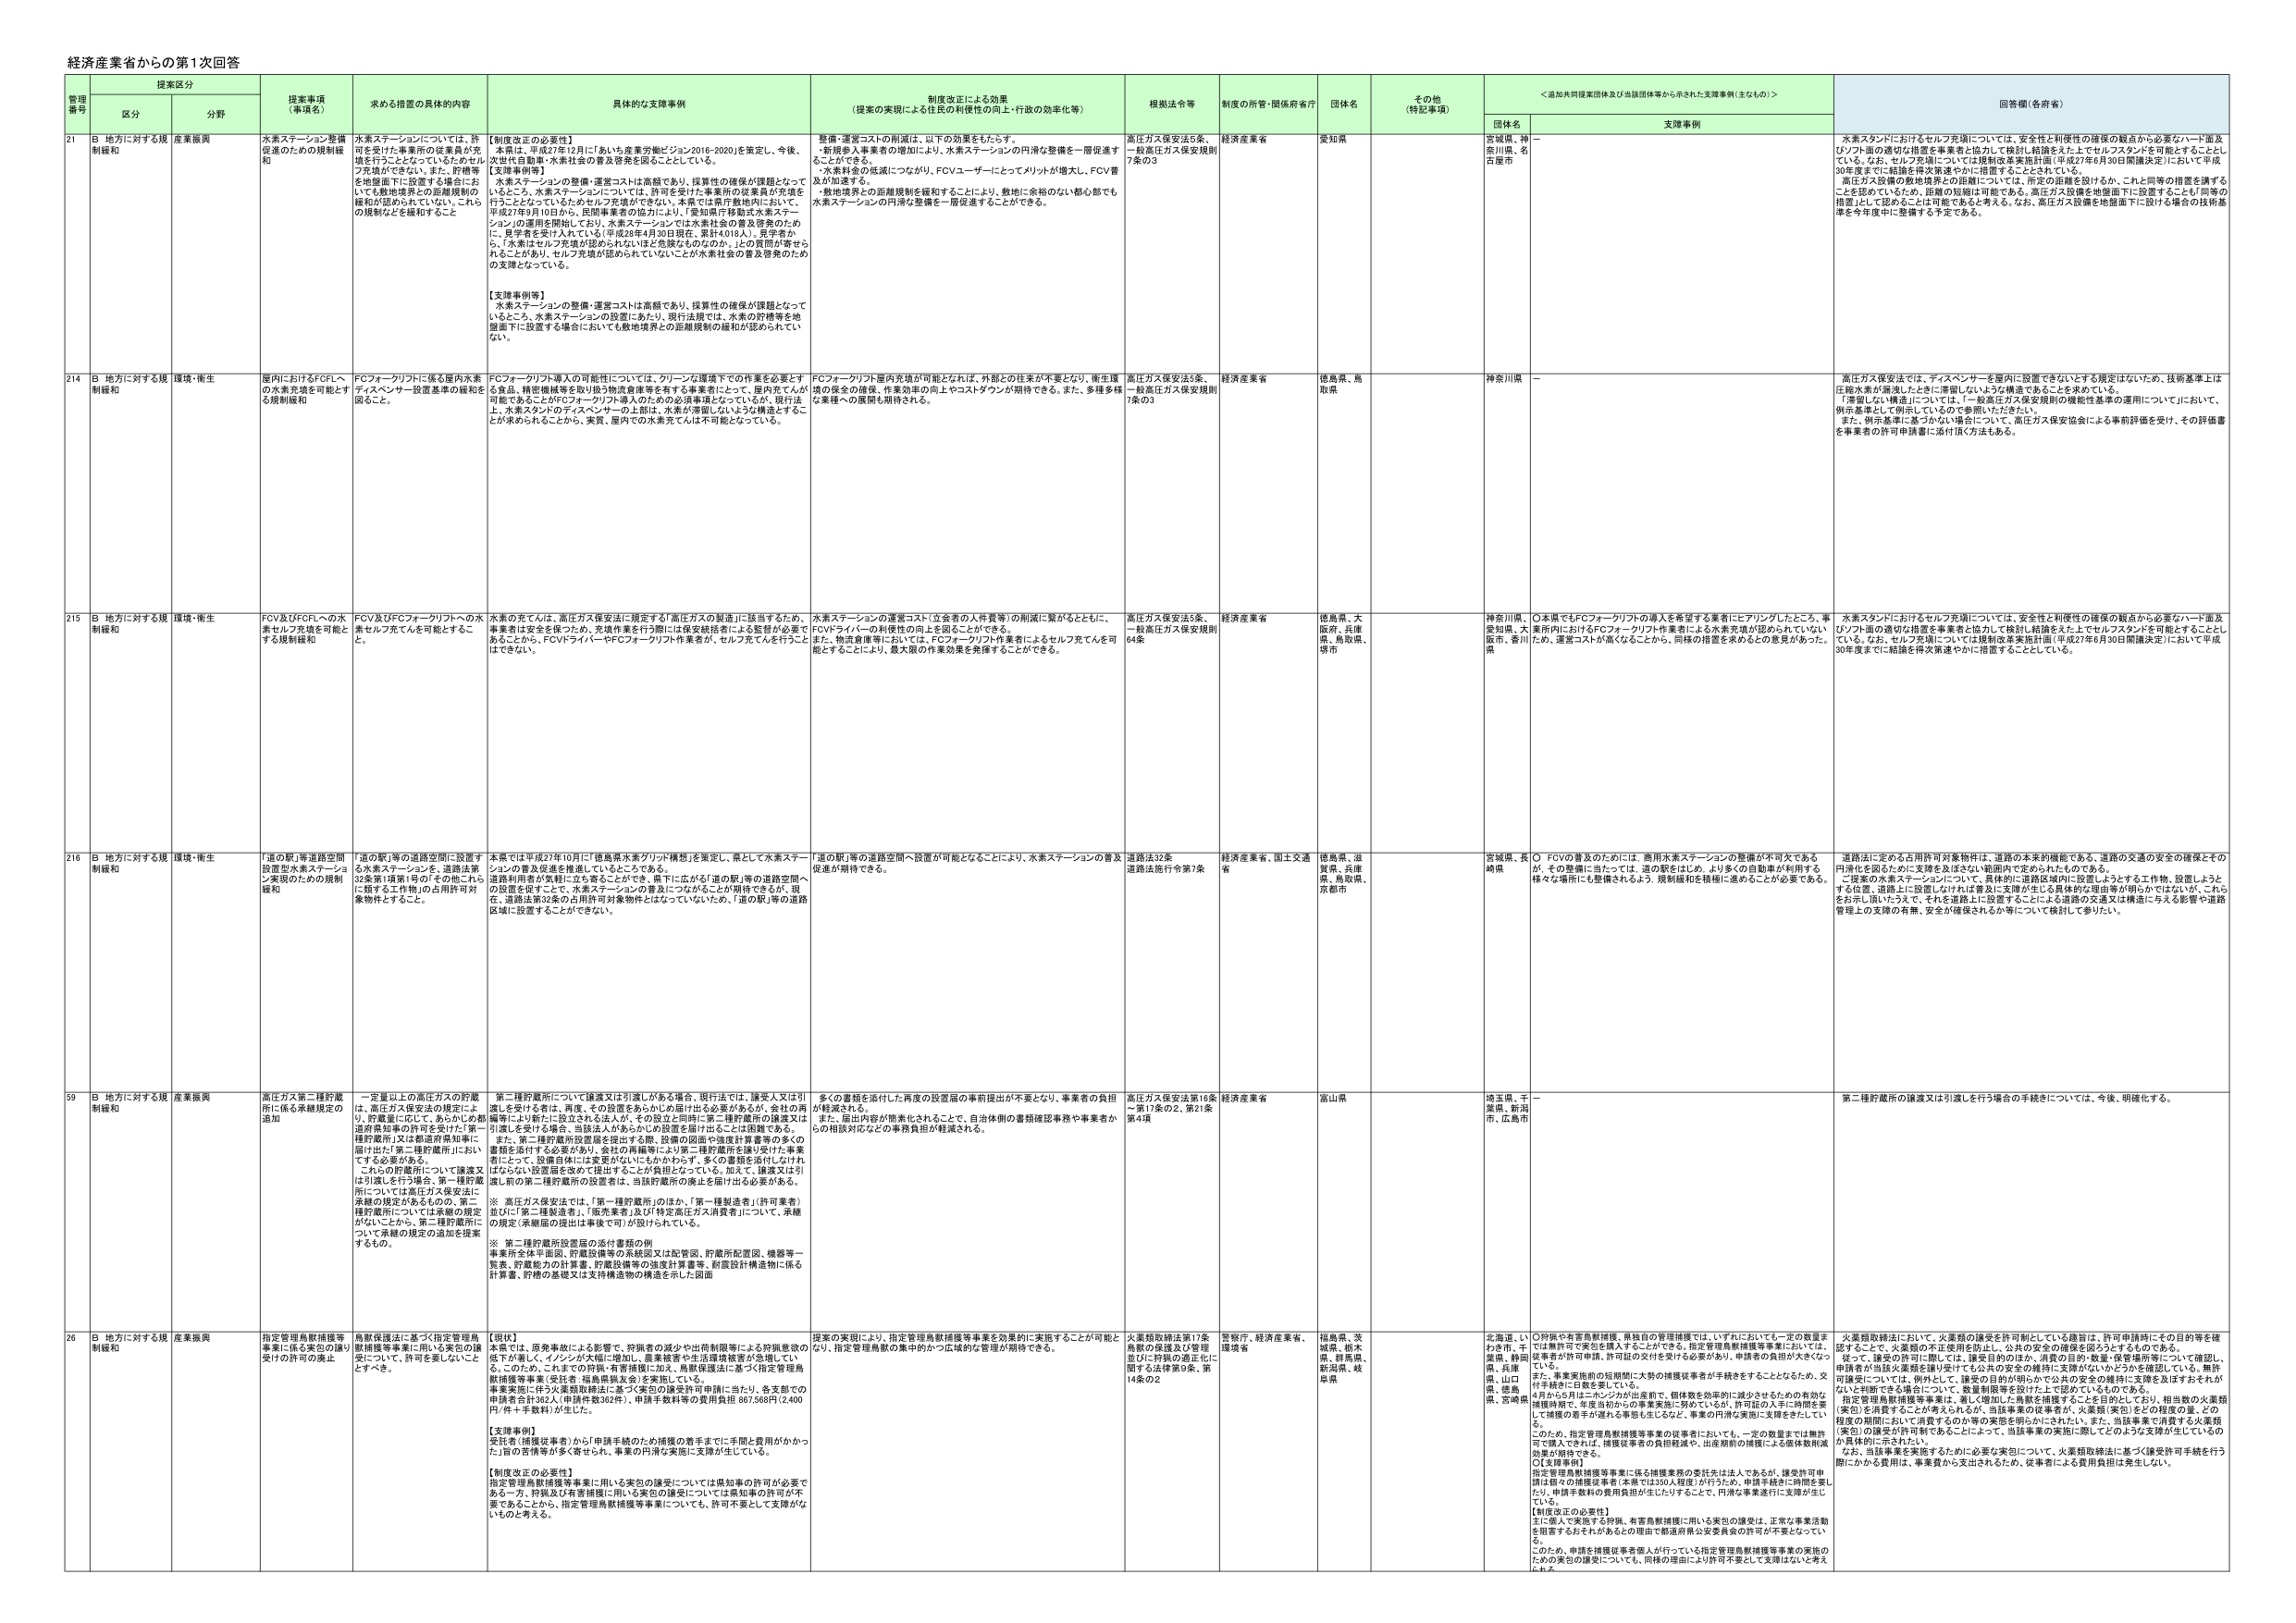
経済産業省からの第1回回答

提案区分
管理番号
区分
分野
提案事項（事項名）
求める措置の具体的内容
具体的な支援事例
制度改正による効果（提案の実現による住民の利便性の向上・行政の効率化等）
根拠法令等
制度の所管・関係府省庁
団体名
その他（特記事項）
＜追加共同提案団体及び当該団体等から示された支援事例（主なもの）＞
回答欄（各府省）
団体名
支援事例

21
B 地方に対する規制緩和
産業振興
水素ステーション整備促進のための規制緩和
水素ステーションについては、許可を受けた事業所の従業員が充填を行うこととなっているためセルフ充填ができない。また、貯槽等を地盤面下に設置する場合においても敷地境界との距離規制の緩和が認められていない。これらの規制などを緩和すること
【制度改正の必要性】
本県は、平成27年12月に「あいち産業労働ビジョン2016-2020」を策定し、今後、次世代自動車・水素社会の普及発展を図ることとしている。
【支援事例等】
水素ステーションの整備・運営コストは高額であり、採算性の確保が課題となっているところ、水素ステーションの設置にあたり、現行法規では、水素の貯槽等を地盤面下に設置する場合においても敷地境界との距離規制の緩和が認められていない。
水素ステーションの整備・運営コストは高額であり、採算性の確保が課題となっているところ、水素ステーションの設置にあたり、現行法規では、水素の貯槽等を地盤面下に設置する場合においても敷地境界との距離規制の緩和が認められていない。
整備・運営コストの削減は、以下の効果をもたらす。
・新規参入事業者の増加により、水素ステーションの円滑な整備を一層促進することができる。
・水素料金の低減につながり、FCVユーザーにとってメリットが増大し、FCV普及が加速する。
・敷地境界との距離規制を緩和することにより、敷地に余裕のない都心部でも水素ステーションの円滑な整備を一層促進することができる。
高圧ガス保安法5条、一般高圧ガス保安規則7条の3
経済産業省
愛知県
宮城県、神奈川県、名古屋市
－
水素スタンドにおけるセルフ充填については、安全性と利便性の確保の観点から必要なハード面及びソフト面の適切な措置を事業者と協力して検討し結論をえた上でセルフスタンドを可能とすることとしている。なお、セルフ充填については規制改革実施計画（平成27年6月30日閣議決定）において平成30年度までに結論を得次第速やかに措置することとしている。
高圧ガス設備の敷地境界との距離については、所定の距離を設けるか、これと同等の措置を講ずることを認めているため、距離の短縮は可能である。高圧ガス設備を地盤面下に設置することと同等の措置として認めることも可能であると考える。なお、高圧ガス設備を地盤面下に設ける場合の技術基準を今年度中に整備する予定である。

214
B 地方に対する規制緩和
環境・衛生
屋内におけるFCFへ の水素充填を可能とする規制緩和
FCフォーカリフトに係る屋内水素ディスペンサー設置基準の緩和を図ること。
FCフォーカリフト導入の可能性については、クリーンな環境下での作業を必要とする食品、精密機械等を取り扱う物流倉庫等を有する事業者にとって、屋内充てんが可能であることがFCフォーカリフト導入のための必須事項となっているが、現行法上、水素スタンドのディスペンサーの上部は、水素が滞留しないよう構造とするこ とが求められることがから、実質、屋内での水素充てんは不可能となっている。
FCフォーカリフト屋内充填が可能となれば、外部との往来が不要となり、衛生環境の保全の確保、作業効率の向上やコストダウンが期待できる。また、多種多様な業種への展開も期待される。
高圧ガス保安法5条、一般高圧ガス保安規則7条の3
経済産業省
徳島県、鳥取県
神奈川県
－
高圧ガス保安法では、ディスペンサーを屋内に設置できないとする規定はないため、技術基準上は圧縮水素が漏洩したときに滞留しないような構造であることを求めている。
「滞留しない構造」については、「一般高圧ガス保安規則の機能性基準の運用」についてにおいて、例示基準として例示しているので参照いただきたい。
また、例示基準に基づかない場合について、高圧ガス保安協会による事前評価を受け、その評価書を事業者の許可申請書に添付頂く方法もある。

215
B 地方に対する規制緩和
環境・衛生
FCV及びFCフォーカリフトへの水素セルフ充填を可能とする規制緩和
FCV及びFCフォーカリフトへの水素セルフ充てんを可能とするこ と。
水素の充てんは、高圧ガス保安法に規定する「高圧ガスの製造」に該当するため、事業者は安全を図ったか、充填作業を行う際には保安統括者による監督が必要であることから、FCVやディスペンサーがFCフォーカリフト作業者、セルフ充てんを行うことはできない。
水素ステーションの運営コスト（立会者の人件費等）の削減に繋がるとともに、FCVドライバーの利便性の向上を図ることができる。
また、物流倉庫等においては、FCフォーカリフト作業者によるセルフ充てんを可能とすることにより、最大限の作業効果を発揮することができる。
高圧ガス保安法5条、一般高圧ガス保安規則64条
経済産業省
徳島県、大阪府、兵庫県、鳥取県、堺市
神奈川県、愛知県、大阪府、兵庫県、香川県
○本県でもFCフォーカリフトの導入を希望する業者にヒアリングしたところ、事業者内におけるFCフォーカリフト作業者による水素充填が認められていないため、運営コストが高くなることから、同様の措置を求めるとの意見があった。
水素スタンドにおけるセルフ充填については、安全性と利便性の確保の観点から必要なハード面及びソフト面の適切な措置を事業者と協力して検討し結論をえた上でセルフスタンドを可能とすることとしている。なお、セルフ充填については規制改革実施計画（平成27年6月30日閣議決定）において平成30年度までに結論を得次第速やかに措置することとしている。

216
B 地方に対する規制緩和
環境・衛生
「道の駅」等道路空間に設置型水素ステーション実現のための規制緩和
「道の駅」等の道路空間に設置する水素ステーションを、道路法第32条第1項第1号の「その他これに該当する工作物」の占用手許可対象物件とすること。
本県では平成27年10月に「徳島県水素クリッド構想」を策定し、県として水素ステーションの普及促進を推進していることである。
道路利用者が気軽に立ち寄ることができ、県下に広がる「道の駅」等の道路空間への設置をすることで、水素ステーションの普及につながることが期待できるが、現 在、道路法第32条の占用手対象物件にはなっていないため、「道の駅」等の道路区域に設置することができない。
「道の駅」等の道路空間へ設置が可能となることにより、水素ステーションの普及促進が期待できる。
道路法32条
道路法施行令第7条
経済産業省、国土交通省
徳島県、滋賀県、兵庫県、鳥取県、京都市
宮城県、長崎県
○ FCVの普及のためには、商用水素ステーションの整備が不可欠であるが、その整備に当たっては、道の駅をはじめ、より多くの自動車が利用する様々な場所にも整備されるよう、規制緩和を積極に進めることが必要である。
道路法に定める占用許可対象物件は、道路の本来的機能である、道路の交通の安全の確保とその円滑化を図るために支障を及ぼさない範囲内で定められたものである。
二提案の水素ステーションについて、具体的に道路区域内に設置しようする工作物、設置しようとする位置、道路上に設置しなければ普及に支障が生じる具体的な理由等が明らかではないが、これらをお問い合わせたうえで、それを道路上に設置することによる道路の交通又は横断に与える影響や道路管理上の支障の有無、安全が確保されるか等について検討して参りたい。

59
B 地方に対する規制緩和
産業振興
高圧ガス第二種貯蔵所に係る承継規定の追加
一定量以上の高圧ガスの貯蔵は、高圧ガス保安法の規定によ り、貯蔵量に応じて、あらかじめ所轄 道府県知事の許可を受けた「第一 種貯蔵所」又は都道府県知事に届け出た「第二種貯蔵所」におい てする必要がある。
これらの貯蔵所について譲渡又は引渡しを行う場合、第一種貯蔵所については高圧ガス保安法に 承継の規定があるものの、第二 種貯蔵所については承継の規定 がないことから、第二種貯蔵所に ついて承継の規定の追加を提案 するもの。
第二種貯蔵所について譲渡又は引渡しがある場合、現行法では、譲受人又は引渡しを受けた者は、再度、その設置をあらかじめ届け出る必要があるが、会社の再編等により新たに設立される法人が、その設立と同時に第二種貯蔵所の設置又は引渡しを受ける場合、当該法人があらかじめ設置を届け出ることは困難である。 また、第二種貯蔵所設置を届出する際、設備の図面や強度計算書等の多くの書類を添付する必要があり、会社の再編等により第二種貯蔵所を譲り受けた事業者にとって、設備自体には変更がないにもかかわらず、多くの書類を添付しなければならない設置届を改めて提出することが負担となっている。加えて、譲渡又は引渡し前の第二種貯蔵所の設置者は、当該貯蔵所の廃止を届け出る必要がある。
※ 高圧ガス保安法では、「第一種貯蔵所」のほか、「第一種製造者」（許可業者）並びに「第二種製造者」、「販売業者」及び「特定高圧ガス消費者」について、承継の規定（承継届の提出は事後で可）が設けられている。
※ 第二種貯蔵所設置届の添付書類の例
申請所全体平面図、貯蔵設備等の系統図又は配管図、貯蔵所配置図、機器等一覧表、貯蔵能力の計算書、貯蔵設備等の強度計算書、貯蔵設計構造物に係る計算書、貯蔵の基礎又は支持構造物の構造を示した図面
多くの書類を添付した再度の設置届の事前提出が不要となり、事業者の負担が軽減される。
また、届出内容が物質化されることで、自治体側の書類確認事務や事業者か らの相談対応などの事務負担が軽減される。
高圧ガス保安法第16条 ～第17条の2、第21条 第4項
経済産業省
富山県
埼玉県、千葉県、新潟市、広島市
－
第二種貯蔵所の譲渡又は引渡しを行う場合の手続きについては、今後、明確化する。

26
B 地方に対する規制緩和
産業振興
指定管理鳥獣捕獲等事業に係る実包の譲り受けの許可の廃止
鳥獣保護法に基づく指定管理鳥獣捕獲等事業に用いる実包の譲受けについて、許可を要しないこと とする。
【現状】
本県では、原発事故による影響で、狩猟者の減少や出荷制限等による狩猟意欲の低下が著しく、イノシシが大増に追加し、農業被害や生活環境被害が急増してい る。このため、これまでの狩猟・有害獣駆除に加え、鳥獣保護法に基づく指定管理鳥獣捕獲等事業（受託者：福島県猟友会）を実施している。
事業実施に伴う火薬類取締法に基づく実包の譲受け許可申請に当たり、各支部での申請者全計302人（申請件数302件）、申請手数料等の費用負担 967,500円（2,400 円/件＋手数料）が生じた。
【支援事例】
受託者（捕獲従事者）から申請手続のため捕獲の着手までに手間と費用がかかっ た1回の苦情等が多く寄せられ、事業の円滑な実施に支障が生じている。
【制度改正の必要性】
指定管理鳥獣捕獲等事業に用いる実包の譲受けについては県知事の許可が必要である一方、狩猟及び有害捕獲に用いる実包の譲受けについては県知事の許可が不 要であることから、指定管理鳥獣捕獲等事業についても、許可不要として支障がな いものと考える。
提案の実現により、指定管理鳥獣捕獲等事業を効果的に実施することが可能とな り、指定管理鳥獣の集中的かつ広域的な管理が期待できる。
火薬類取締法第17条 鳥獣の保護及び管理並びに狩猟の適正化に 関する立法措置9条、第 14条の2
警察庁、経済産業省、環境省
福島県、茨城県、栃木県、群馬県、新潟県、岐阜県
北海道、いわき市、千葉県、静岡県、兵庫県、山口県、徳島県、宮崎県
○狩猟や有害鳥獣捕獲、県独自の管理捕獲では、いずれにおいても一定の数量を 認可する上で、火薬類の不正使用を防止し、公共の安全の確保を図ろうとするのである。
従って、譲受け許可に関しては、操業目的のほか、消費の目的・数量・保管場所等について確認し、申請者が当該火薬類を譲り受けても公共の安全の維持に支障がないかどうかを確認している。無許可譲受けについては、例外として、譲渡の目的が明らかで公共の安全の維持に支障を及ぼすおそれがないと判断できる場合について、数量制限等を設けた上で認めているのである。
指定管理鳥獣捕獲等事業は、著しく増加した鳥獣を捕獲することを目的としており、相当数の火薬類（実包）の譲受け許可が行われているが、許可証の入手に時間を要 して捕獲の着手が遅れる事態も生じるなど、事業の円滑な実施に支障を生じてい る。
このため、指定管理鳥獣捕獲等事業の従事者においても、一定の数量までは無許 可で譲って貰えば、捕獲従事者の負担軽減や、出産期前の捕獲による個体数削減 効果が期待できる。
【支援事例】
指定管理鳥獣捕獲等事業に係る捕獲業務の委託先は1人であるが、接受許可申 請は個々の捕獲従事者（本県では350人程度）が行うため、申請手続きに時間を要し たり、申請手数料の費用負担が生じたりすることで、円滑な事業遂行に支障が生じ ている。
【制度改正の必要性】
主に個人で実施する狩猟、有害鳥獣捕獲に用いる実包の譲受けは、正常な事業活動 を阻害するおそれがあるとの理由で都道府県公安委員会の許可が不要となってい る。
このため、申請を捕獲従事者個人が行っている指定管理鳥獣捕獲等事業の実施の ための実包の譲受けについても、同様の理由により許可不要として支障はないと考え られる。
火薬類取締法において、火薬類の譲受を許可制としている趣旨は、許可申請時にその目的等を確認することで、火薬類の不正使用を防止し、公共の安全の確保を図ろうとするのである。
指定管理鳥獣捕獲等事業は、著しく増加した鳥獣を捕獲することを目的としており、相当数の火薬類（実包）を消費することが考えられるが、当該事業の従事者が、火薬類（実包）をどの程度の量、どの程度の期間において消費するのか等の実態を明らかにされたい。また、当該事業で消費する火薬類（実包）の譲受け許可が不要になることによって、当該事業の実施に際してどのような支障が生じているのか具体的に示されたい。
なお、当該事業を実施するために必要な実包について、火薬類取締法に基づく譲受許可手続を行う際にかかる費用は、事業費から支出されるため、従事者による費用負担は発生しない。